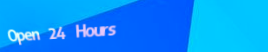
Open 24 Hours